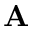
\textbf { A }